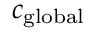
c _ { \mathrm { g l o b a l } }